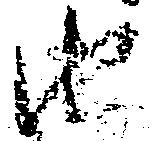
由